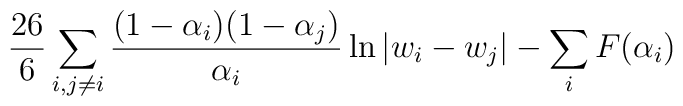
\frac{26}{6} \sum_{i,j\neq i}\frac{(1-\alpha_{i})(1-\alpha_{j})}{\alpha_{i}}  \ln|w_{i} - w_{j}| - \sum_{i} F(\alpha_{i})